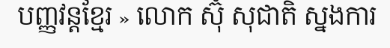
បញ្ញវន្តខ្មែរ » លោក ស៊ុំ សុជាតិ ស្នងការ